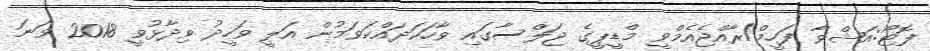
ފޮޓޯ:އަޝްވާ ފަހީމް/ރާއްޖެއެމްވީ މްޑީޕީގެ ޖަލްސާގައި ވާހަކަދައްކަވަމުން އަލީ ވަހީދު ވިދާޅުވީ 2018 ވަނަ